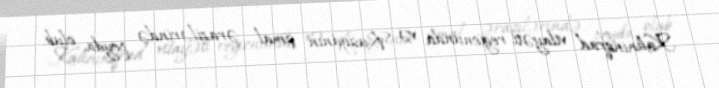
Kalininqrad vilayəti regionunda və Rusiyanın şimal ərazilərində peyda olub.